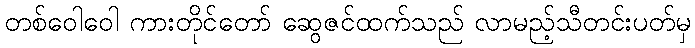
တစ်ဝေါဝေါ ကားတိုင်တော် ဆွေဇင်ထက်သည် လာမည့်သီတင်းပတ်မှ